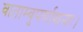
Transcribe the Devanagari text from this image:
वाताम्बुपर्णाशनाः।